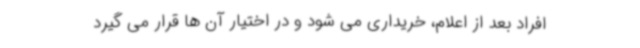
افراد بعد از اعلام، خریداری می شود و در اختیار آن ها قرار می گیرد